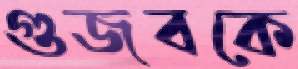
গুজবকে